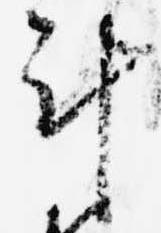
計